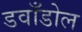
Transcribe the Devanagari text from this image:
डवाँडोल